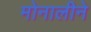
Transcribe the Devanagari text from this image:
मोनालीने